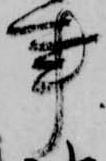
事